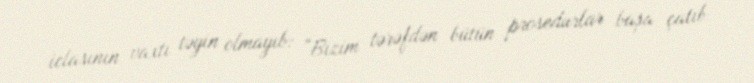
iclasının vaxtı təyin olmayıb: “Bizim tərəfdən bütün prosedurlar başa çatıb.